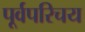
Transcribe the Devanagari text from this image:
पूर्वपरिचय